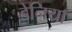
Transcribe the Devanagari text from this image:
डेनिया